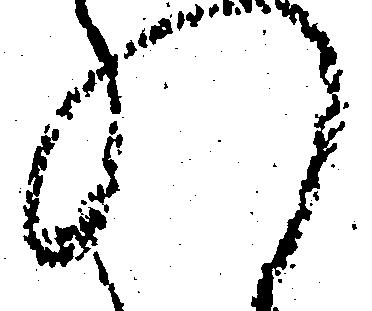
れ